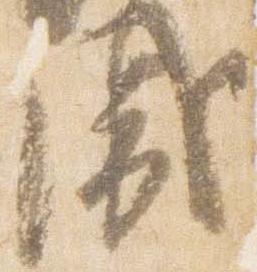
盛